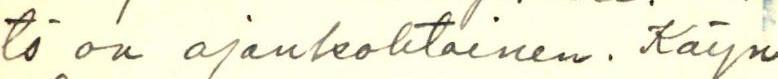
tö on ajankohtainen. Käyn